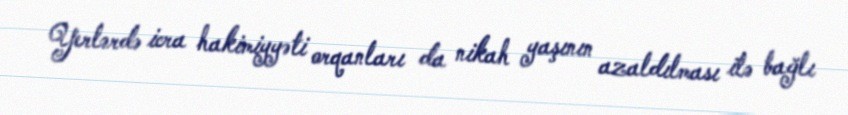
Yerlərdə icra hakimiyyəti orqanları da nikah yaşının azaldılması ilə bağlı